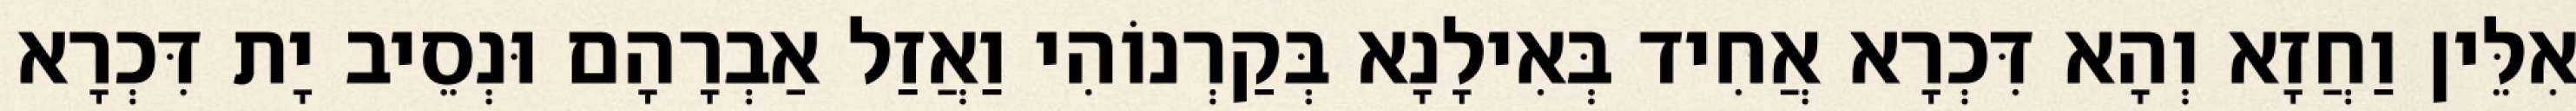
אִלֵּין וַחֲזָא וְהָא דִּכְרָא אֲחִיד בְּאִילָנָא בְּקַרְנוֹהִי וַאֲזַל אַבְרָהָם וּנְסֵיב יָת דִּכְרָא